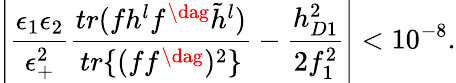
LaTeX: \left|\frac{\epsilon_{1}\epsilon_{2}}{\epsilon_{+}^{2}}\frac{tr(fh^{l}f^{\dag}\tilde{h}^{l})}{tr\{ (ff^{\dag})^{2}\} }-\frac{h_{D1}^{2}}{2f_{1}^{2}}\right|<10^{-8}.